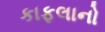
કાફલાનો